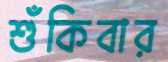
শুঁকিবার